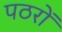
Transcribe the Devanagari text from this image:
पठरों